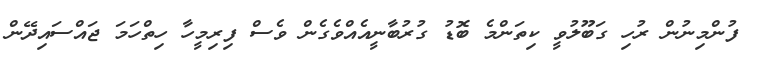
ފުންމިނުން ރުހި ގަބޫލުވީ ކިތަންމެ ބޮޑު ގުރުބާނީއެއްވެގެން ވެސް ފިރިމީހާ ހިތްހަމަ ޖައްސައިދޭން